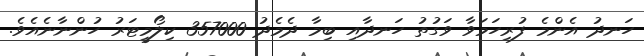
ހަނދު އެންމެ ފުރިހަމަވާ ވަގުތު ހަނދާއި ބިމާ ދެމެދު 357000 ކިލޯމީޓަރު ހުންނާނެއެވެ.